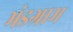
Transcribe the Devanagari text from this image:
भंडग्राम